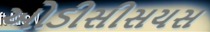
ઓડીસીસયસ